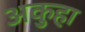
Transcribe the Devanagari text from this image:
अकुहा